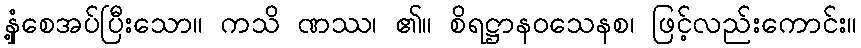
နှံ့စေအပ်ပြီးသော။ ကသိ ဏဿ၊ ၏။ စိရဋ္ဌာနဝသေနစ၊ ဖြင့်လည်းကောင်း။